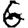
Digit: 6